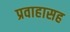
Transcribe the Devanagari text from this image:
प्रवाहासह